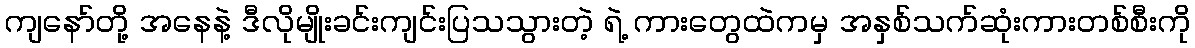
ကျနော်တို့ အနေနဲ့ ဒီလိုမျိုးခင်းကျင်းပြသသွားတဲ့ ရဲ့ ကားတွေထဲကမှ အနှစ်သက်ဆုံးကားတစ်စီးကို